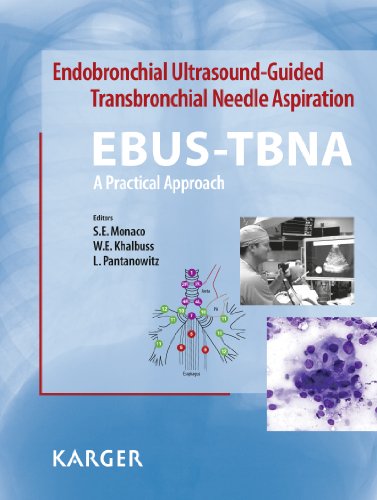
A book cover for Endobronchial Ultrasound-Guided Transbronchial Needle Aspiration (EBUS-TBNA): A Practical Approach; Medical Books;